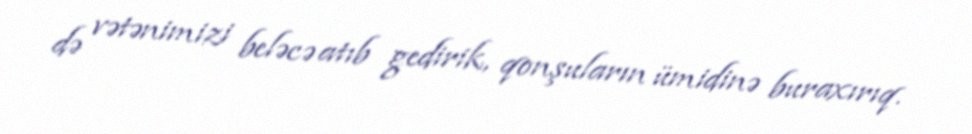
də vətənimizi beləcə atıb gedirik, qonşuların ümidinə buraxırıq.